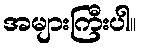
အများကြီးပါ။